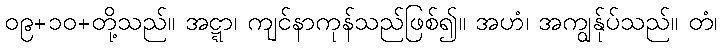
၀၉+၁၀+တို့သည်။ အဋ္ဋာ၊ ကျင်နာကုန်သည်ဖြစ်၍။ အဟံ၊ အကျွန်ုပ်သည်။ တံ၊